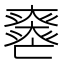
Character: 𡚏